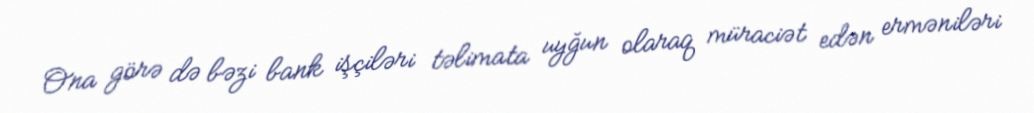
Ona görə də bəzi bank işçiləri təlimata uyğun olaraq müraciət edən erməniləri